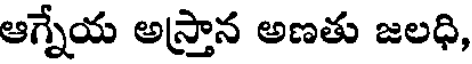
ఆగ్నేయ అస్తాన అణతు జలధి,